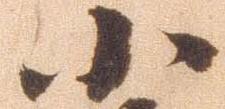
小